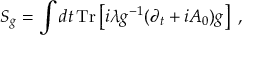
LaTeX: { \cal S } _ { g } = \int d t \, \mathrm { T r } \left[ i \lambda g ^ { - 1 } ( \partial _ { t } + i A _ { 0 } ) g \right] ~ ,